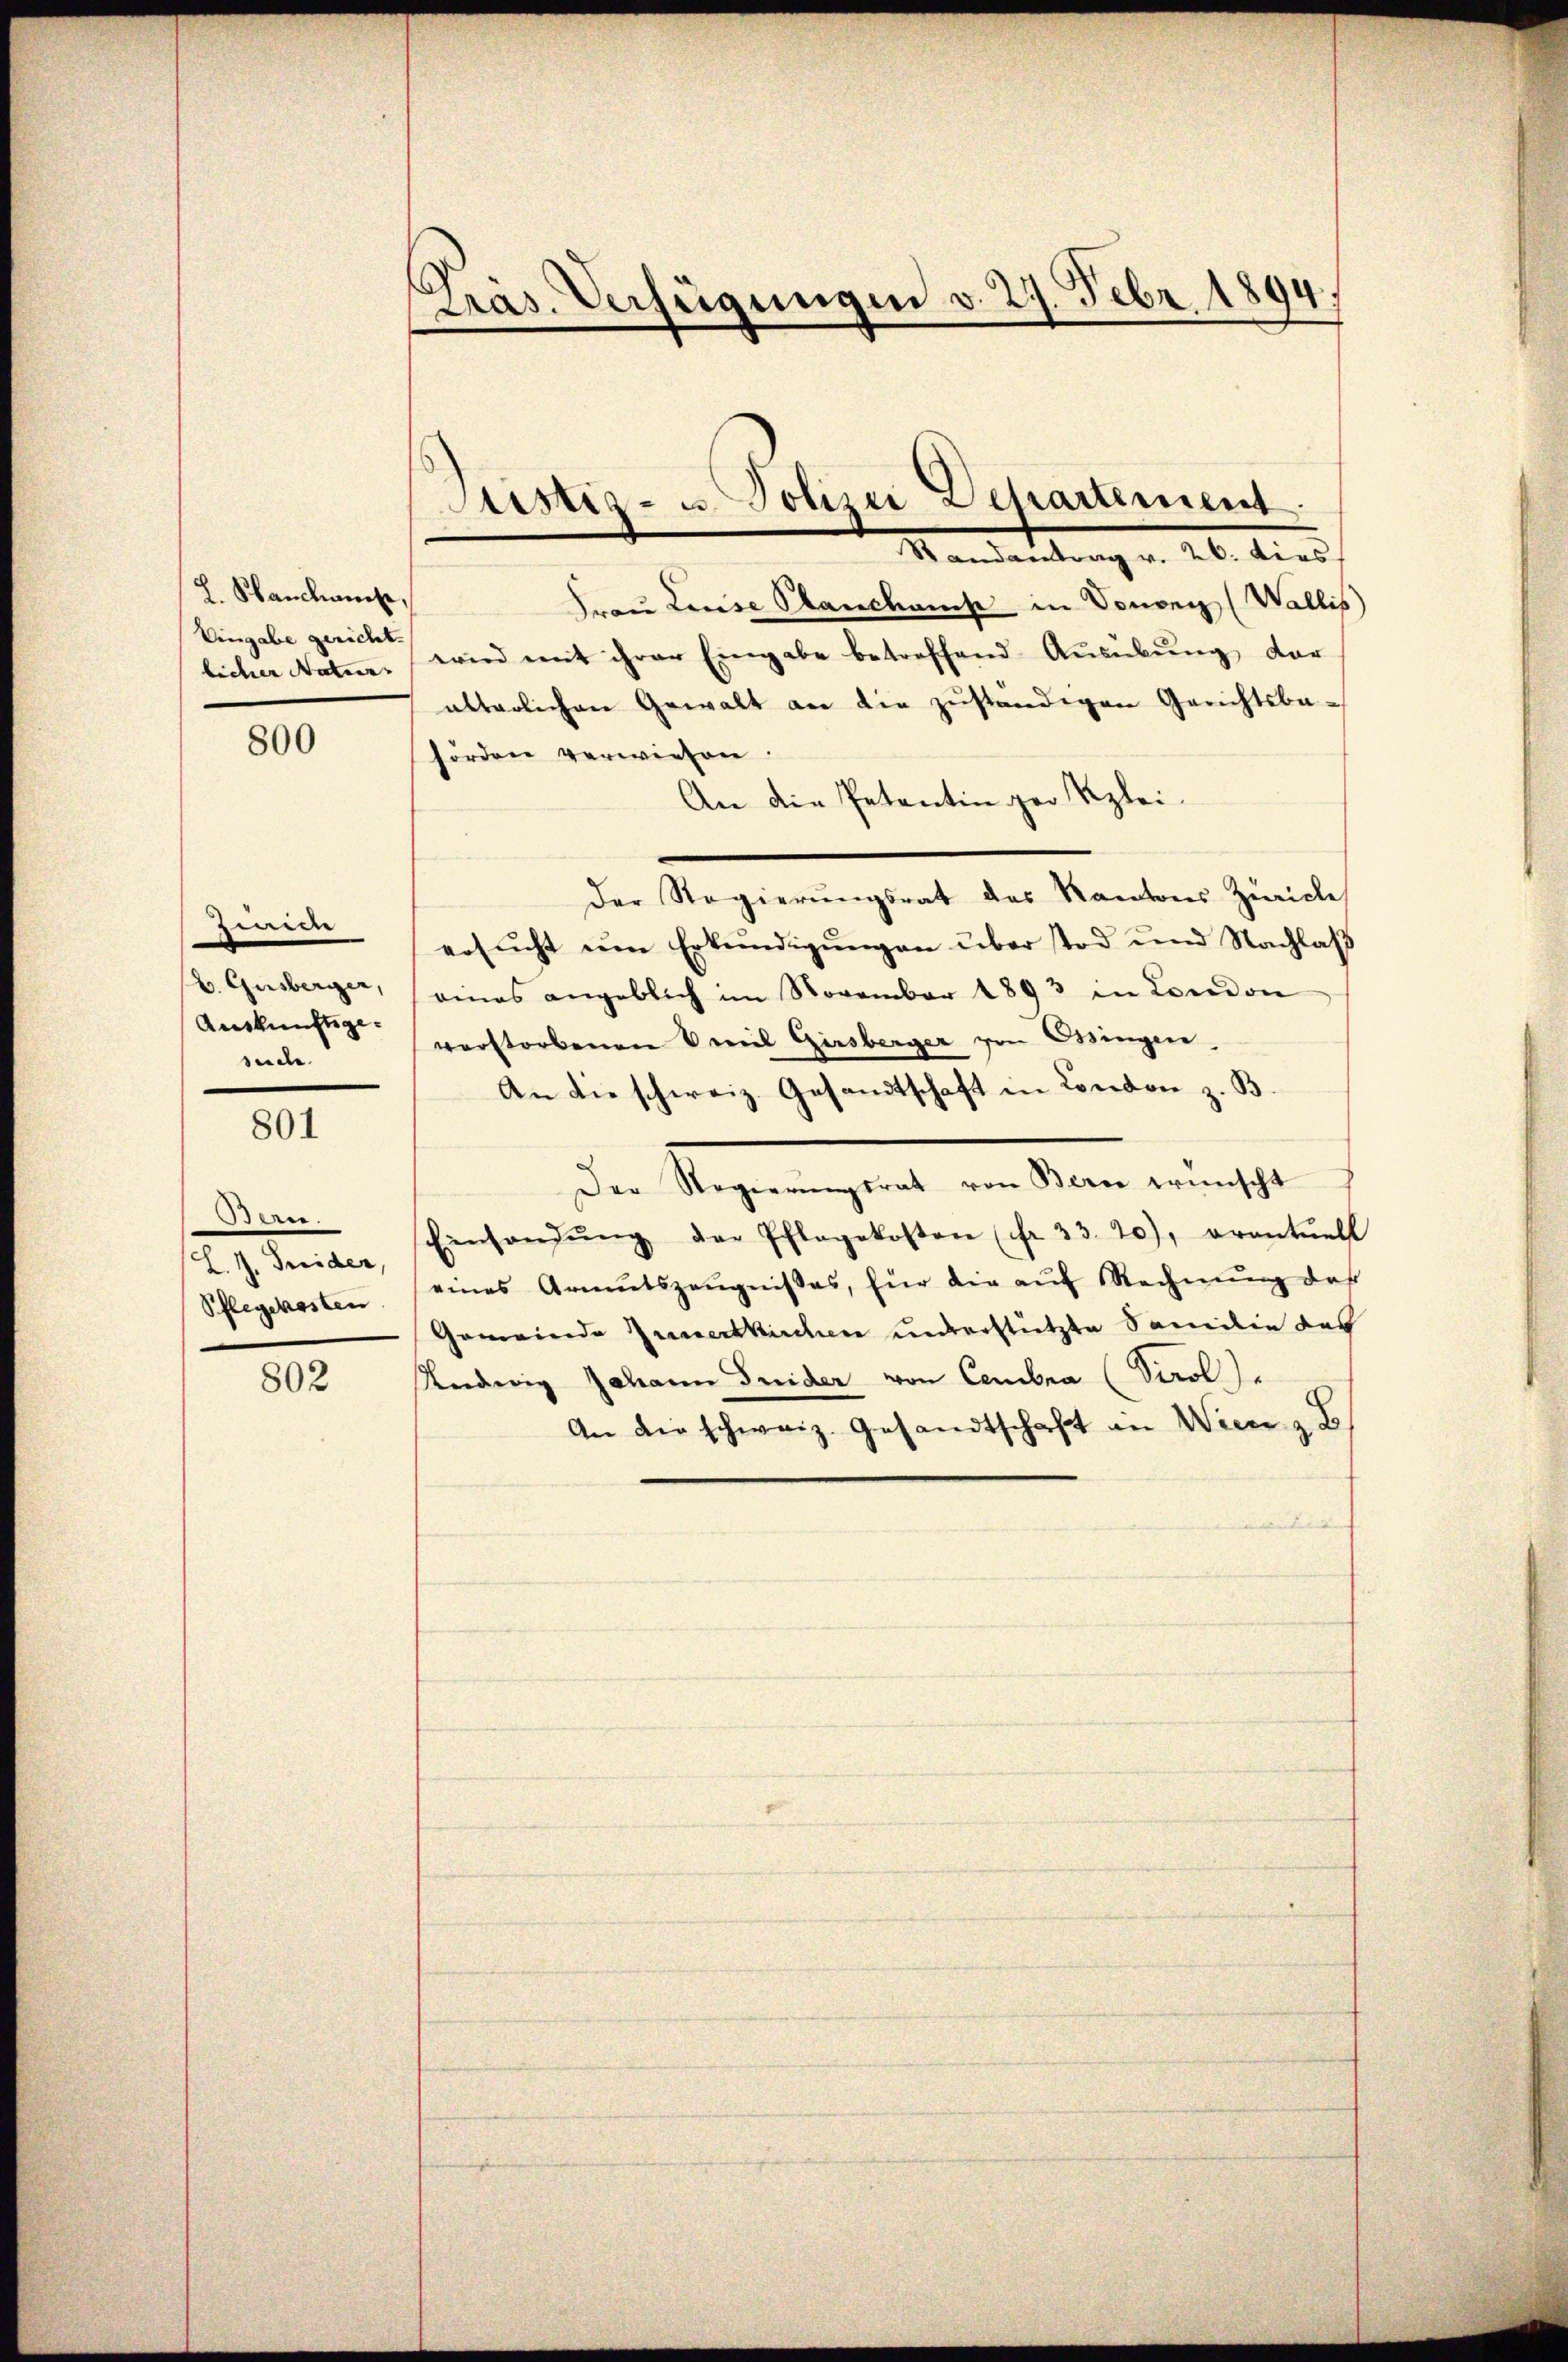
L. Standhause,
Eingabe gericht.
licher Natur- |

800

Zwick
b. Gusberger,
Auskunftsgesuche.

801

der.
L.J. Trider,
Schlegekosten

802

Präs. Verfügungen v. 27. Febr. 1894.

Justiz- u. Polizei Departement
Randantrag v. 26. dies

dren Louise Standhause in Sonnen (Wallis
wird mit ihrer Eingabe betreffend Aŭsübŭng dar
alterlichen Gewalt an die zŭständigen Gerichtsbaforden verwiesen.
An die Petentin zur Reglei¬
Der Regierungsrat des Kantons Zürich
ersŭcht ŭm Erkundigŭngen über tod und Nachlaβ
eines angeblich im November 1893 in London
verstorbenen weil Girsberger von Ossingen,
An die schweiz. Gesandtschaft in Condon z. B
Der Regierŭngsrat von Bern wünscht
Einsandŭng der Pflegekosten (Fr. 33. 20), eventuell
eines Armutszeŭgnisses, für die aŭf Rechnŭng daß
Gemeinde Zumertkirchen unterstützte Familie des
Undwig Johann Frider von Cembra (Virol.
An die schweiz. Gesandtschaft an Wiese z. B